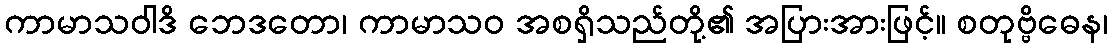
ကာမာသဝါဒိ ဘေဒတော၊ ကာမာသဝ အစရှိသည်တို့၏ အပြားအားဖြင့်။ စတုဗ္ဗိဓေန၊